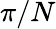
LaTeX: \pi/N